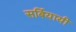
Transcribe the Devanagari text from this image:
सर्बियायी